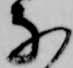
な